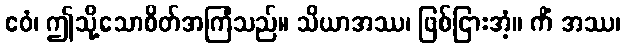
ဧဝံ၊ ဤသို့သောစိတ်အကြံသည်။ သိယာအဿ၊ ဖြစ်ငြားအံ့။ ကိံ အဿ၊